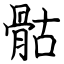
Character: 骷